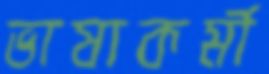
ভাষাকর্মী